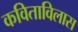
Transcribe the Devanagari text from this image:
कविताविलास